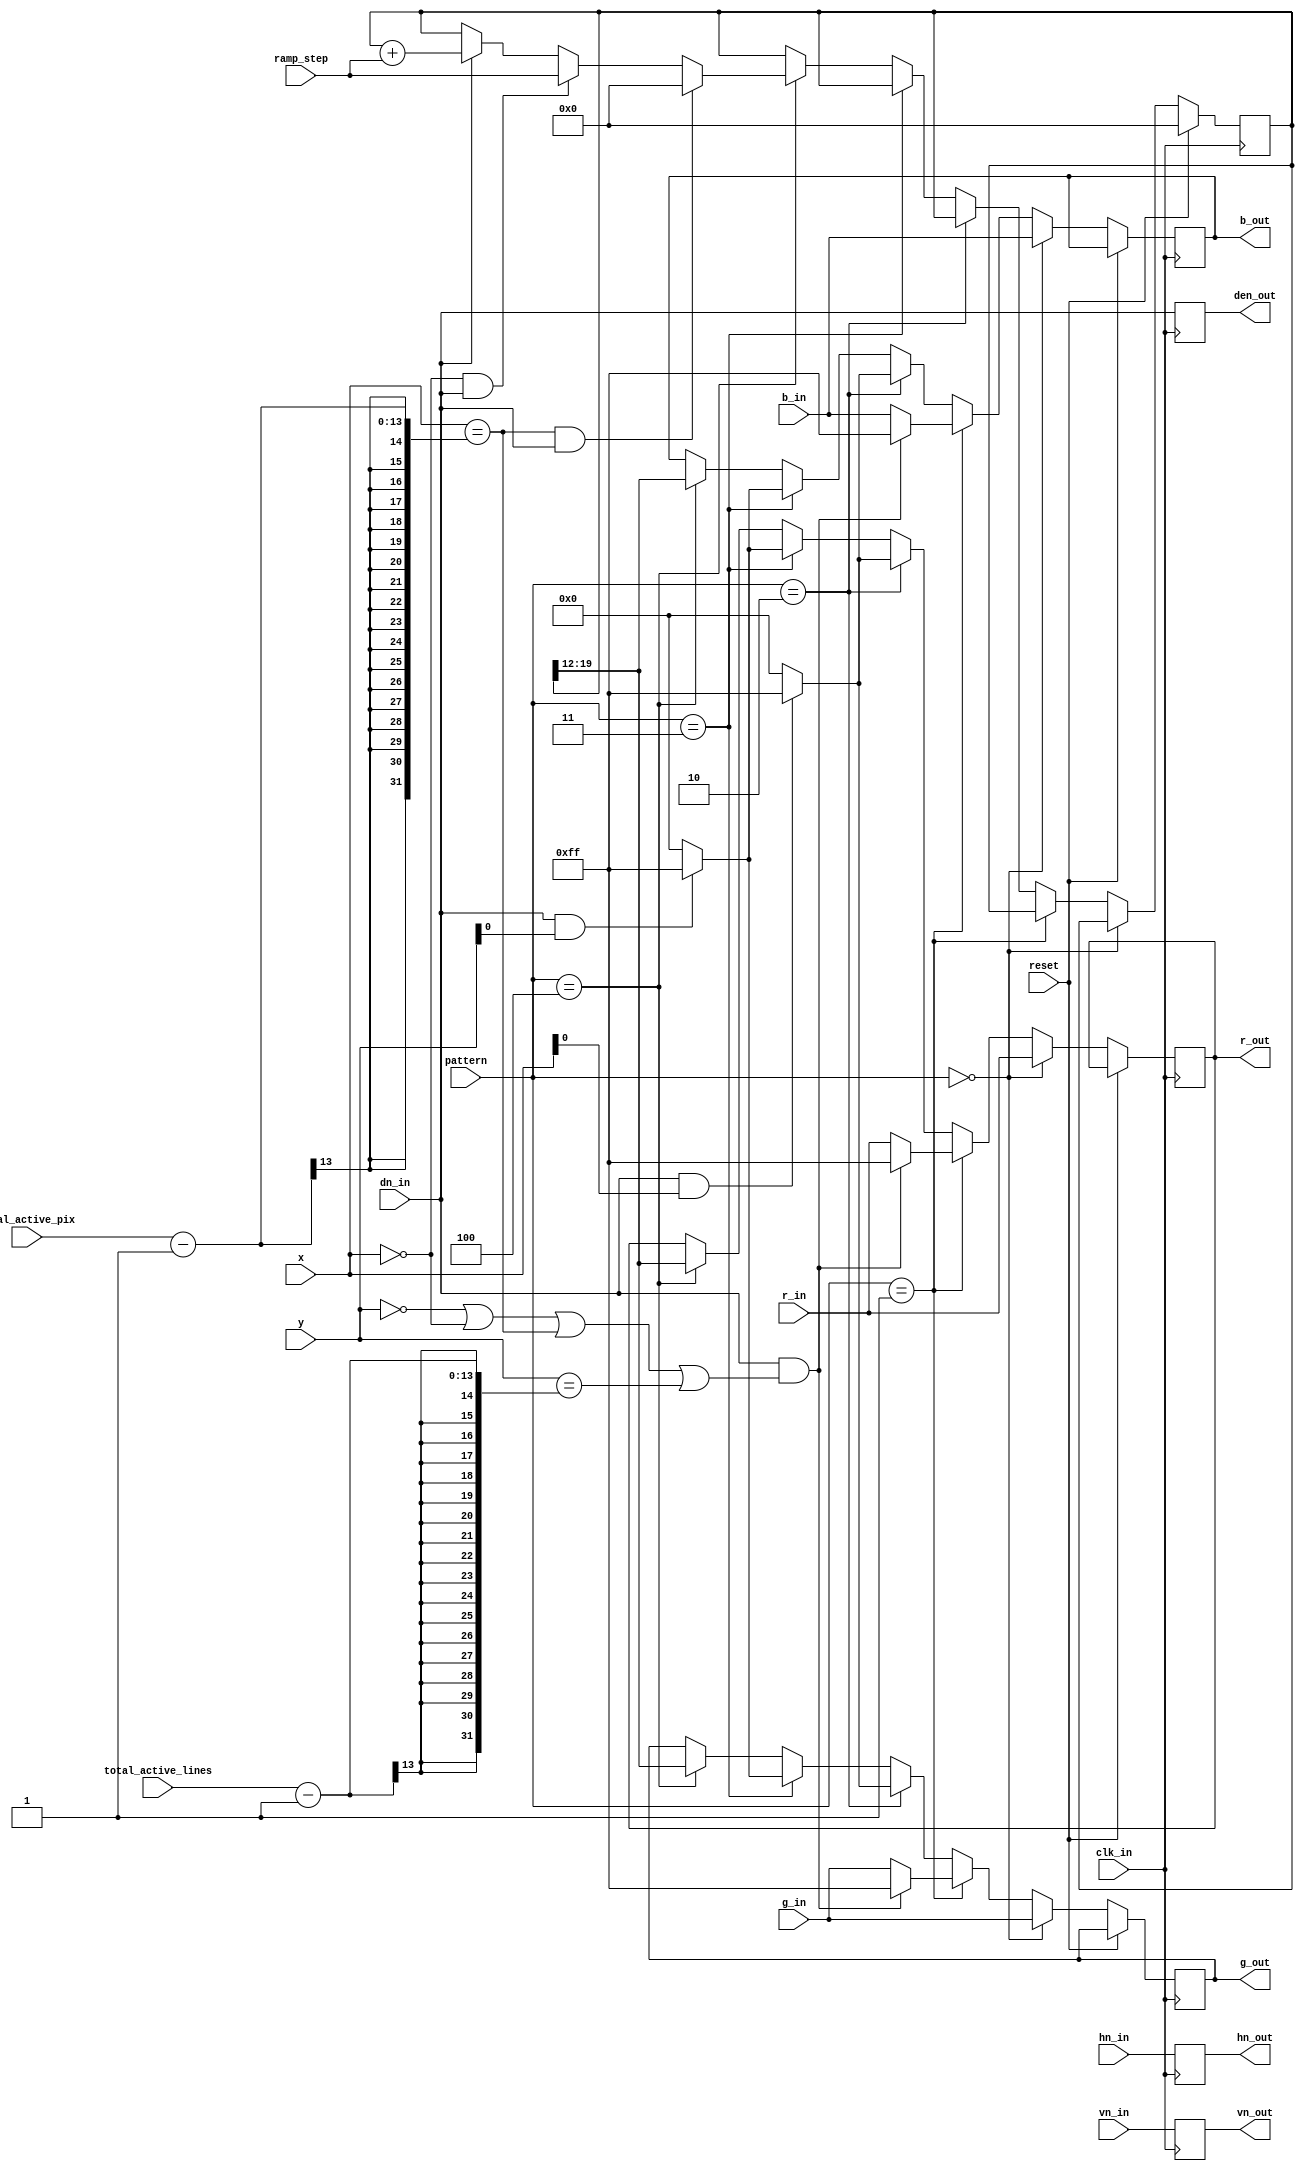
module pattern_vg
 #(
 parameter B=8, // number of bits per channel
 X_BITS=13,
 Y_BITS=13,
 FRACTIONAL_BITS = 12
 )
 (input reset, clk_in,
 input wire [X_BITS-1:0] x,
 input wire [Y_BITS-1:0] y,
 input wire vn_in, hn_in, dn_in,
 input wire [B-1:0] r_in, g_in, b_in,
 output reg vn_out, hn_out, den_out,
 output reg [B-1:0] r_out, g_out, b_out,
 input wire [X_BITS-1:0] total_active_pix,
 input wire [Y_BITS-1:0] total_active_lines,
 input wire [7:0] pattern,
 input wire [B+FRACTIONAL_BITS-1:0] ramp_step);
reg [B+FRACTIONAL_BITS-1:0] ramp_values; // 12-bit fractional end for ramp values
always @(posedge clk_in)
begin
 vn_out <= vn_in;
 hn_out <= hn_in;
 den_out <= dn_in;
 if (reset)
 ramp_values <= 0;
 else if (pattern == 8'b0) // no pattern
 begin
 r_out <= r_in;
 g_out <= g_in;
 b_out <= b_in;
 end
 else if (pattern == 8'b1) // border
 begin
 if (dn_in && ((y == 12'b0) || (x == 12'b0) || (x == total_active_pix - 1) || (y == total_active_lines - 1)))
 begin
 r_out <= 8'hFF;
 g_out <= 8'hFF;
 b_out <= 8'hFF;
 end
 else
 begin
 r_out <= r_in;
 g_out <= g_in;
 b_out <= b_in;
 end
 end
 else if (pattern == 8'd2) // moireX
 begin
 if ((dn_in) && x[0] == 1'b1)
 begin
 r_out <= 8'hFF;
 g_out <= 8'hFF;
 b_out <= 8'hFF;
 end
 else
 begin
 r_out <= 8'b0;
 g_out <= 8'b0;
 b_out <= 8'b0;
 end
 end
 else if (pattern == 8'd3) // moireY
 begin
 if ((dn_in) && y[0] == 1'b1)
 begin
 r_out <= 8'hFF;
 g_out <= 8'hFF;
 b_out <= 8'hFF;
 end
 else
 begin
 r_out <= 8'b0;
 g_out <= 8'b0;
 b_out <= 8'b0;
 end
 end
 else if (pattern == 8'd4) // Simple RAMP
 begin
 r_out <= ramp_values[B+FRACTIONAL_BITS-1:FRACTIONAL_BITS];
 g_out <= ramp_values[B+FRACTIONAL_BITS-1:FRACTIONAL_BITS];
 b_out <= ramp_values[B+FRACTIONAL_BITS-1:FRACTIONAL_BITS];
 if ((x == total_active_pix - 1) && (dn_in))
 ramp_values <= 0;
 else if ((x == 0) && (dn_in))
 ramp_values <= ramp_step;
 else if (dn_in)
 ramp_values <= ramp_values + ramp_step;
 end
end
endmodule